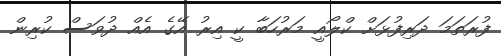
ފުރަތަމަ ދަރިފުޅަށް ކްލޯއީ މަރުހަބާ ކީ އިރު އޭގެ އެއް ދުވަސް ކުރިން